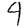
Digit: 4